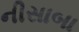
નીસાબા